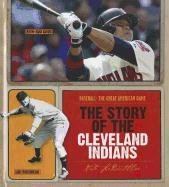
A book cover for The Story of the Cleveland Indians (Baseball: the Great American Game); Nate Leboutillier; Teen & Young Adult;